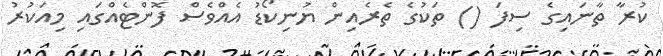
ކުރާ ތާނައިގެ ސިފަ () ތަކުގެ ތެރެއިން ޔުނިކޯޑު އެއްވެސް ފޮންޓެއްގައި މިއަކުރު